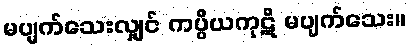
မပျက်သေးလျှင် ကပ္ပိယကုဋိ မပျက်သေး။